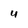
Character: 4